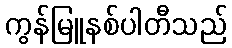
ကွန်မြူနစ်ပါတီသည်